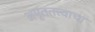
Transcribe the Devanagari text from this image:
अमृततत्त्वाचा